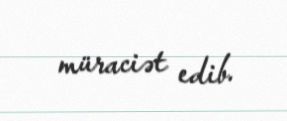
müraciət edib.